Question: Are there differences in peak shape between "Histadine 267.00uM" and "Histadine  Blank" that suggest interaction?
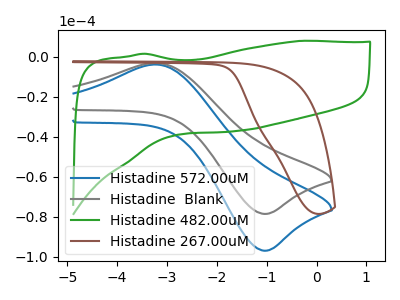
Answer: <think>The blue curve "Histadine 572.00uM" has an anodic peak at (-3.20V, -3.85uA) and a cathodic peak at (-1.05V, -96.95uA). The gray curve "Histadine  Blank" has an anodic peak at (-3.20V, -3.15uA) and a cathodic peak at (-1.05V, -78.55uA). The green curve "Histadine 482.00uM" has no peaks. The brown curve "Histadine 267.00uM" has no peaks.
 "Histadine 267.00uM" and "Histadine  Blank" have a different number of peaks.</think>
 <answer>Yes, "Histadine 267.00uM" and "Histadine  Blank" are different in shape.</answer>
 <eval>yes_change</eval>